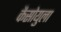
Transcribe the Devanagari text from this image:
कैसोयुला